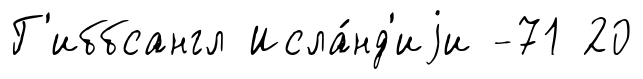
Г'иббсангл Исла́нд'иjи -71 20